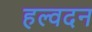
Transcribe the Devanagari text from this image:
हल्वदन